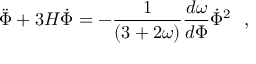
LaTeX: { { \ddot { \Phi } + 3 H \dot { \Phi } = - { \frac { 1 } { ( 3 + 2 \omega ) } } { \frac { d \omega } { d \Phi } } \dot { \Phi } ^ { 2 } } \ \ , }